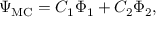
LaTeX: \Psi _ { \mathrm { M C } } = C _ { 1 } \Phi _ { 1 } + C _ { 2 } \Phi _ { 2 } ,